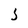
Character: S